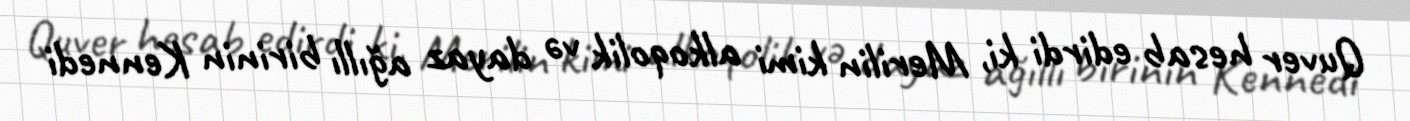
Quver hesab edirdi ki, Merilin kimi alkoqolik və dayaz ağıllı birinin Kennedi